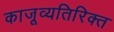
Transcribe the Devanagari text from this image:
काजूव्यतिरिक्त